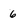
Character: 6